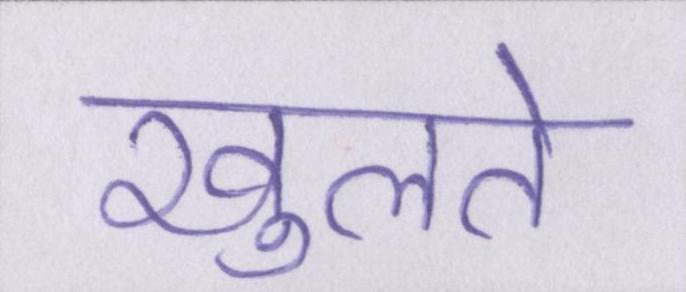
खुलते